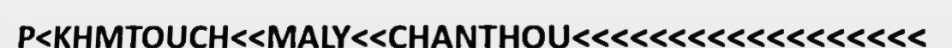
P<KHMTOUCH<<MALY<<CHANTHOU<<<<<<<<<<<<<<<<<<